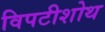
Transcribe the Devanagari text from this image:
विपटीशोथ